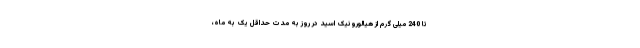
تا 240 میلی گرم از هیالورونیک اسید در روز به مدت حداقل یک به ماه،